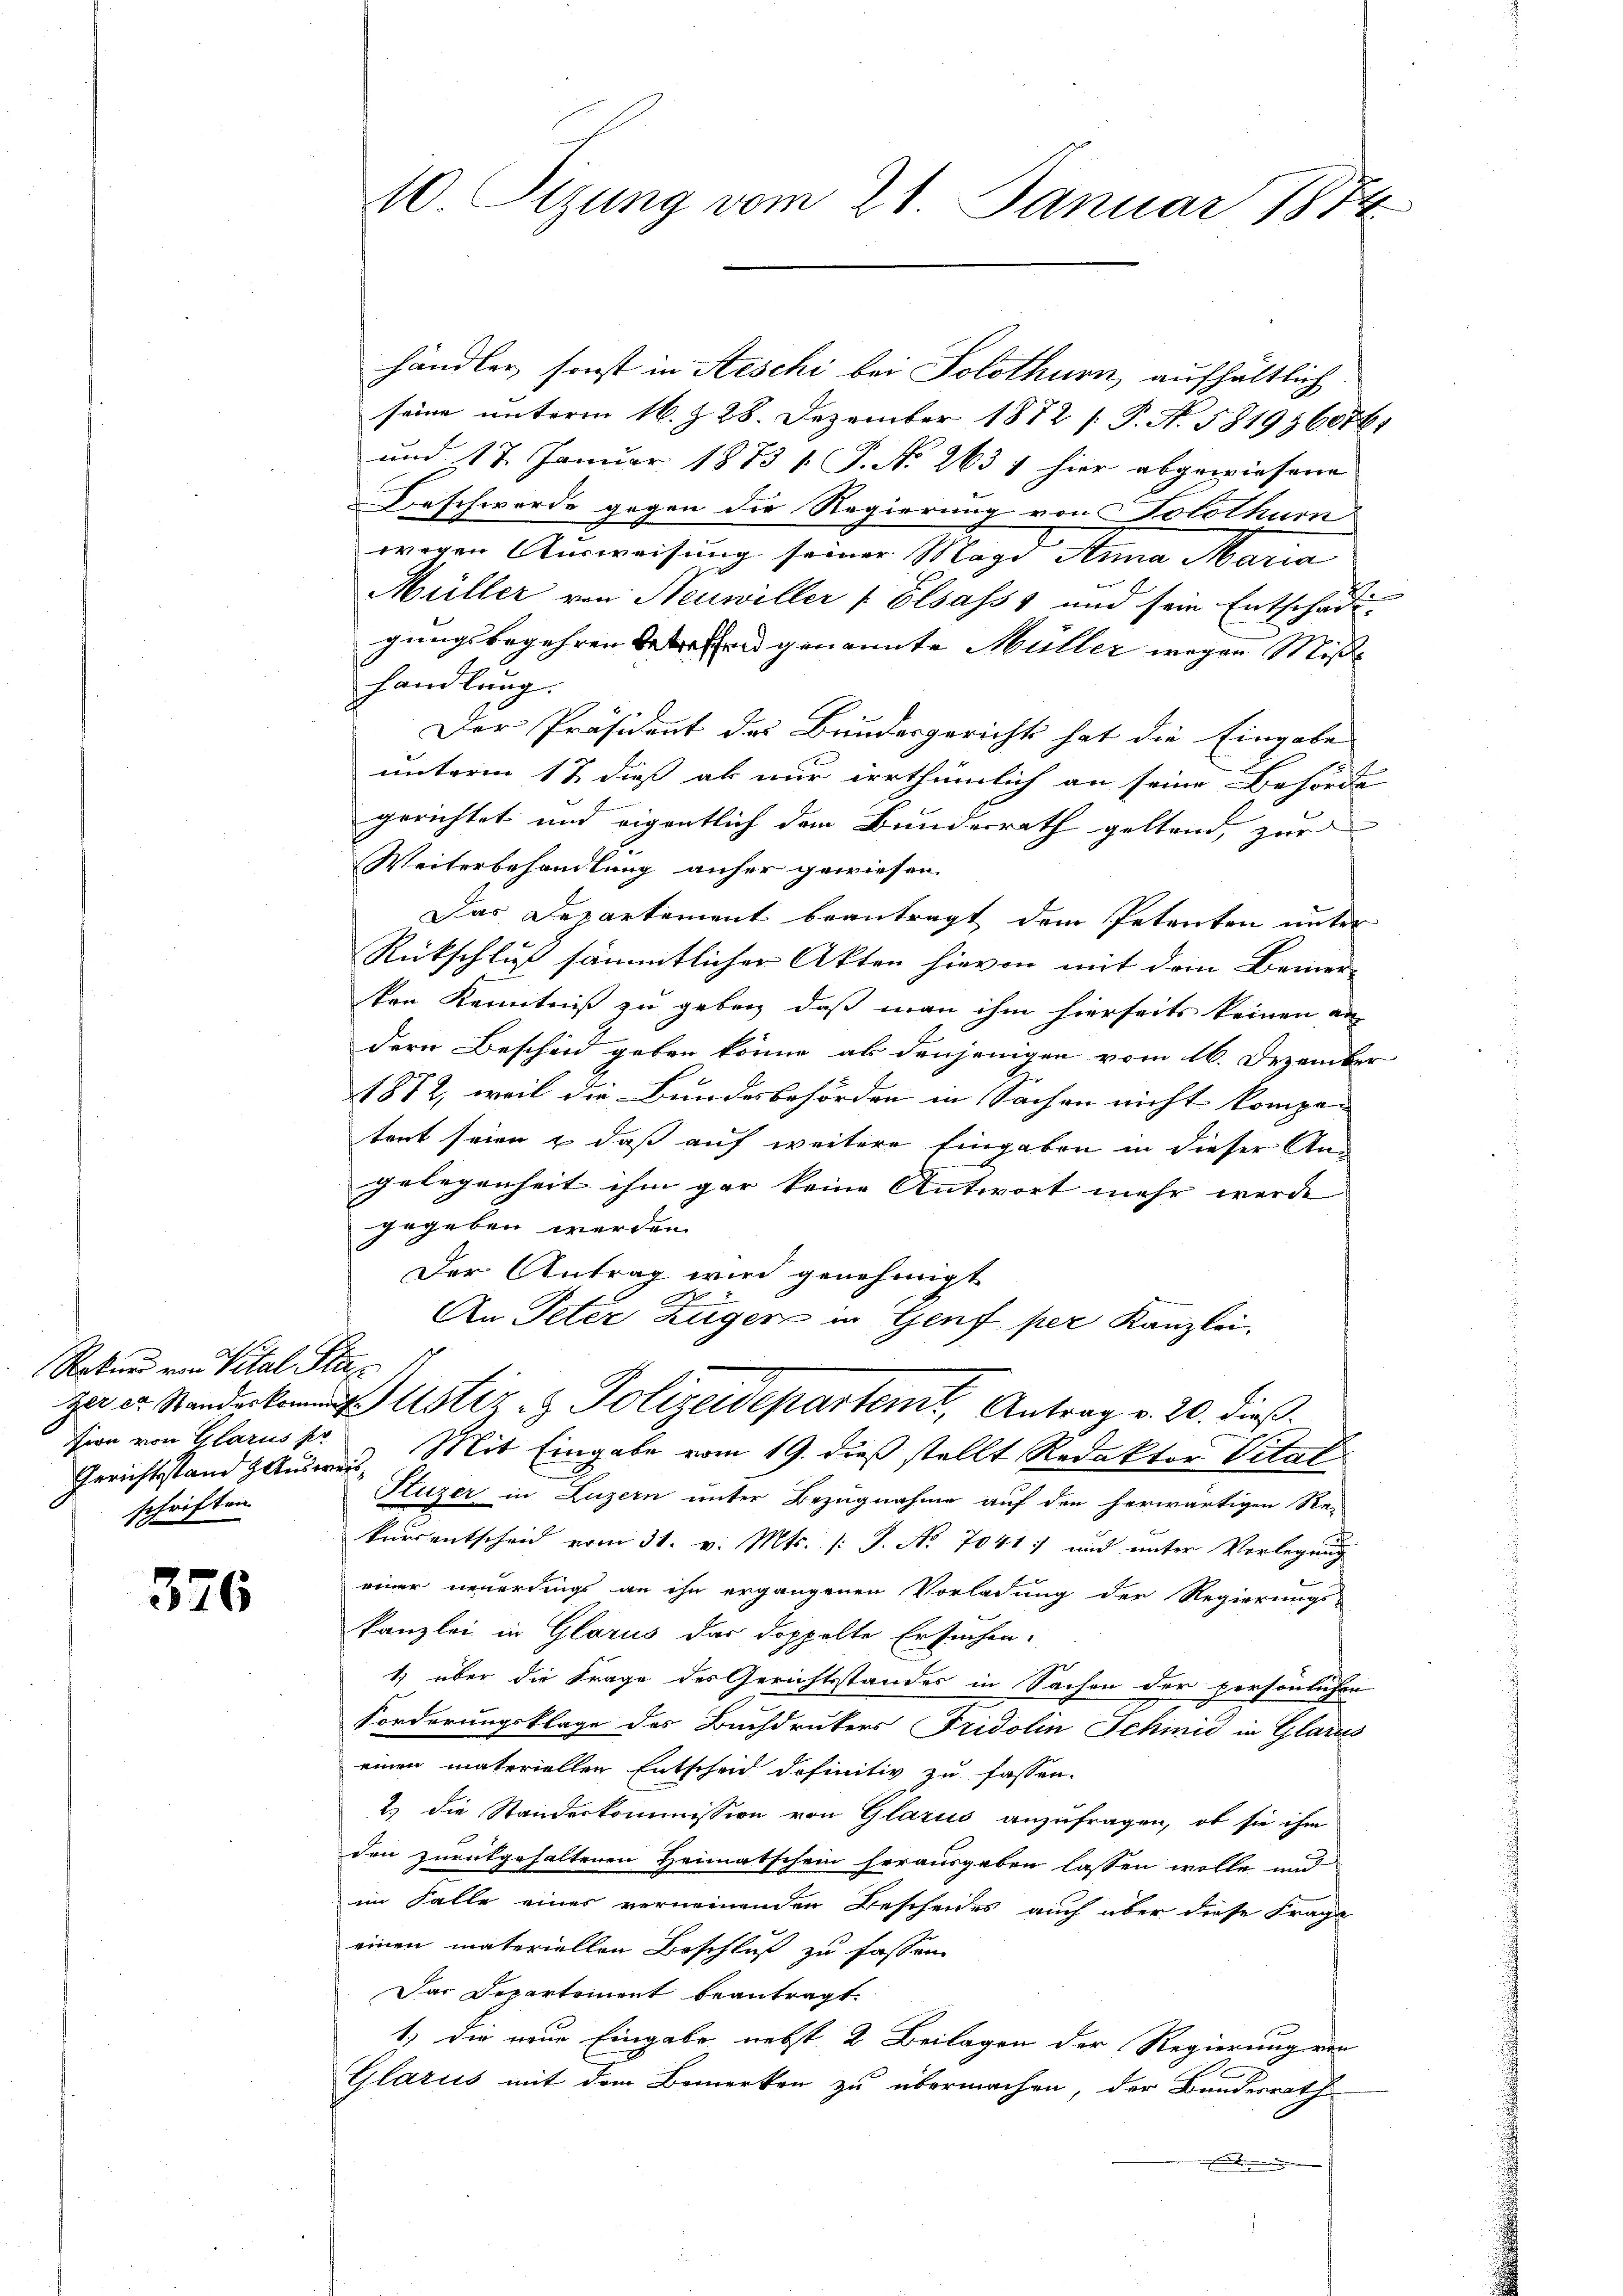
Rekurs von Vital Plan
tion von Glarus pr
Gerichtstand Ausweis
schriften.

326

10 Sizung vom 21. Januar 1874

händler sonst in Aeschi bei Solothurn, aufhältlich
seine unterm 16. d. 28. Dezember 1872 f. P. N. 581936076.
und 17. Januar 1873 s. S. No 263 1 hier abgewiesene
Beschwerde gegen die Regierung von Tolothum
7
wegen Ausweisung seiner Magi Anna Maria
Müller von Neuwiller - Elsass, und sein Entschädigungsbegehren betreffend genannte Müller wegen Mißhandlung.
Der Präsident des Bundesgericht hat die Eingabe
unterm 12 dieß ab nur irrthümlich an seine Behörde
gerichtet und eigentlich dem Bundesrath geltend, zur
Weiterbehandlung anher gewiesen.
Das Departement beantragt dem Petenten unter
Rückschluß sämmtlicher Akten hievon mit dem Beiner-
ken Kenntniß zu geben, daß man ihm hierseits keinen an
dern Bescheid geben könne als denjenigen vom 16. Dezember
1872, weil die Bundesbehörden in Sachen nicht kompa- |
tent seien & daß auf weitere Eingaben in dieser An-
gelegenheit ihm gar keine Antwort mehr werde
gegeben werden.
Der Antrag wird genehmigt
An Peter Züger in Genf per Kanzlei.
zerer Standenken ustiz- & Polizeideparten Antrag v. 20. dieß.
Mit Eingabe vom 19. dieß stellt Redaktor Vital
Fluzer in Luzern unter Bezugnahme auf den herwärtigen Re-
kursentscheid vom 31. v. Mts. (: S. No. 7041) und unter Vorlegung
einer neuerdings an ihn ergangenen Vorladung der Regierungs-
kanzlei in Glarus das doppelte Ersuchen:
1.) über die Frage des Gerichtsstandes in Sachen der persönlichen
Forderungsklage des Buchdrukers Fridolin Schmid in Glarus
einen materiellen Entscheid definitiv zu fassen.
2.) die Standeskommission von Glarus anzufragen, ob sie ihm
den zurückgehaltenen Heimatschein herausgeben lassen wolle und
im Falle eines verneinenden Bescheides auch über diese Frana
einen materiellen Beschluß zu fassen
dar Departement beantragt.
1.) Die neue Eingabe nebst 2 Beilagen der Regierung von
Glarus mit dem Bemerken zu übermachen, der Bundesrath
.

n